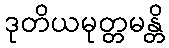
ဒုတိယမုတ္တမန္တိ